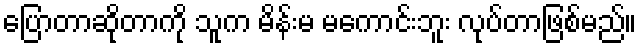
ပြောတာဆိုတာကို သူက မိန်းမ မကောင်းဘူး လုပ်တာဖြစ်မည်။